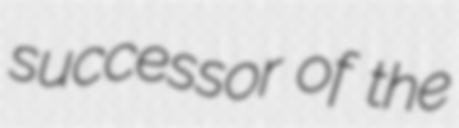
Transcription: successor of the